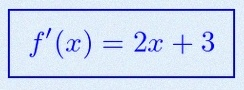
f'(x)=2x+3